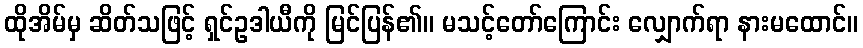
ထိုအိမ်မှ ဆိတ်သဖြင့် ရှင်ဥဒါယီကို မြင်ပြန်၏။ မသင့်တော်ကြောင်း လျှောက်ရာ နားမထောင်။